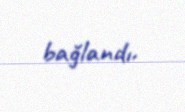
bağlandı.